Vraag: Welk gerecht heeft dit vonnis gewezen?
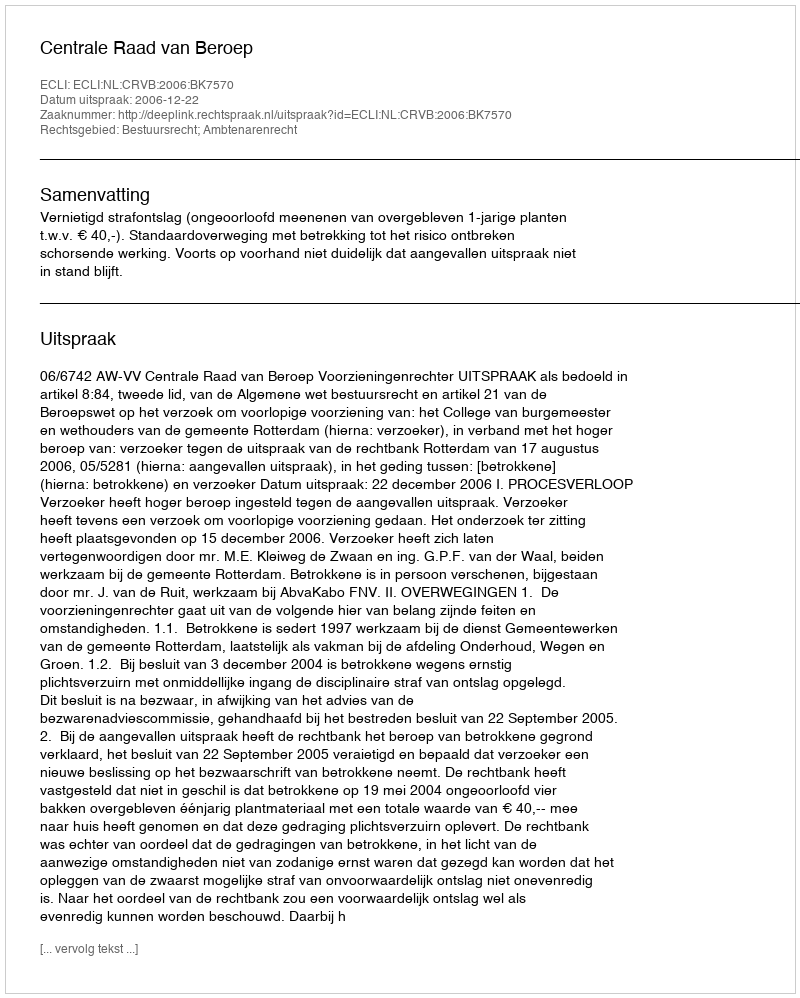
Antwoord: Centrale Raad van Beroep